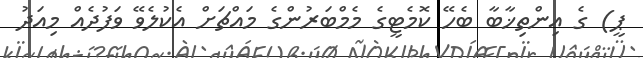
ޕީ) ގެ އިންތިޚާބާ ބެހޭ ކޮމެޓީގެ މެމްބަރުންގެ މައްޗަށް އެކުލެވޭ ވަފުދެއް މިއަދު